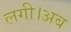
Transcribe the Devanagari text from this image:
लगी।अब